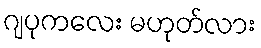
ဂျပုကလေး မဟုတ်လား